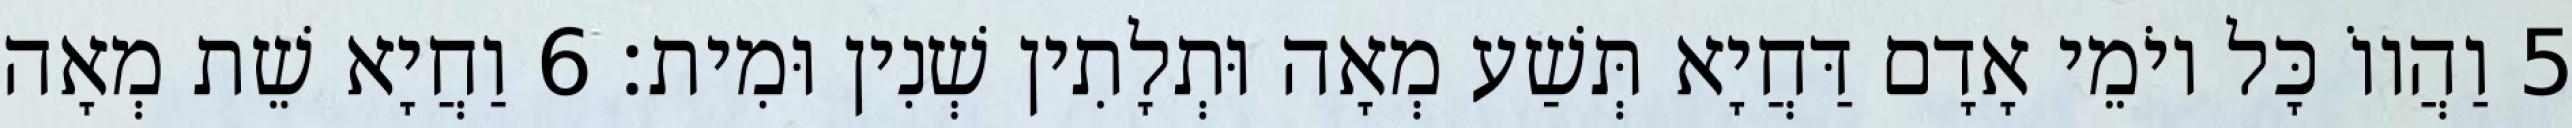
5 וַהֲווֹ כָּל יוֹמֵי אָדָם דַּחֲיָא תְּשַׁע מְאָה וּתְלָתִין שְׁנִין וּמִית׃ 6 וַחֲיָא שֵׁת מְאָה